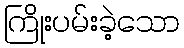
ကြိုးပမ်းခဲ့သော